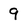
Character: 9